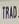
trad